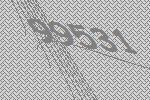
99531